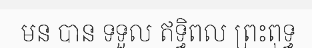
មន បាន ទទួល ឥទ្ធិពល ព្រះពុទ្ធ